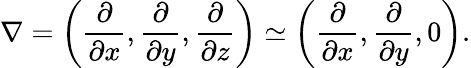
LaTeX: \nabla=\left({\frac{\partial}{\partial x},\frac{\partial}{\partial y},\frac{\partial}{\partial z}}\right)\simeq\left({\frac{\partial}{\partial x},\frac{\partial}{\partial y},0}\right).